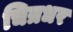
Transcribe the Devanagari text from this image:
चित्रधर